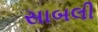
સાબલી